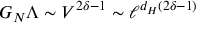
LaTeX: G _ { N } \Lambda \sim V ^ { 2 \delta - 1 } \sim \ell ^ { d _ { H } ( 2 \delta - 1 ) }